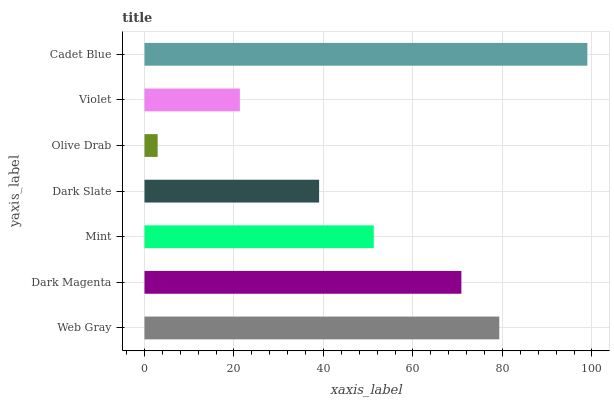
| yaxis_label | bars |
 | --- | --- |
 | Web Gray | 79.3 |
 | Dark Magenta | 70.8 |
 | Mint | 51.2 |
 | Dark Slate | 39 |
 | Olive Drab | 2.94 |
 | Violet | 21.3 |
 | Cadet Blue | 99 |